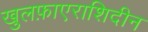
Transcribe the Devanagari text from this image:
खुलफ़ाएराशिदीन